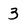
Character: 3